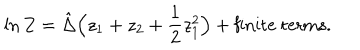
\ln Z = \hat { \Delta } \Big ( z _ { 1 } + z _ { 2 } + \frac { 1 } { 2 } z _ { 1 } ^ { 2 } \Big ) + \mathrm { f i n i t e ~ t e r m s } .